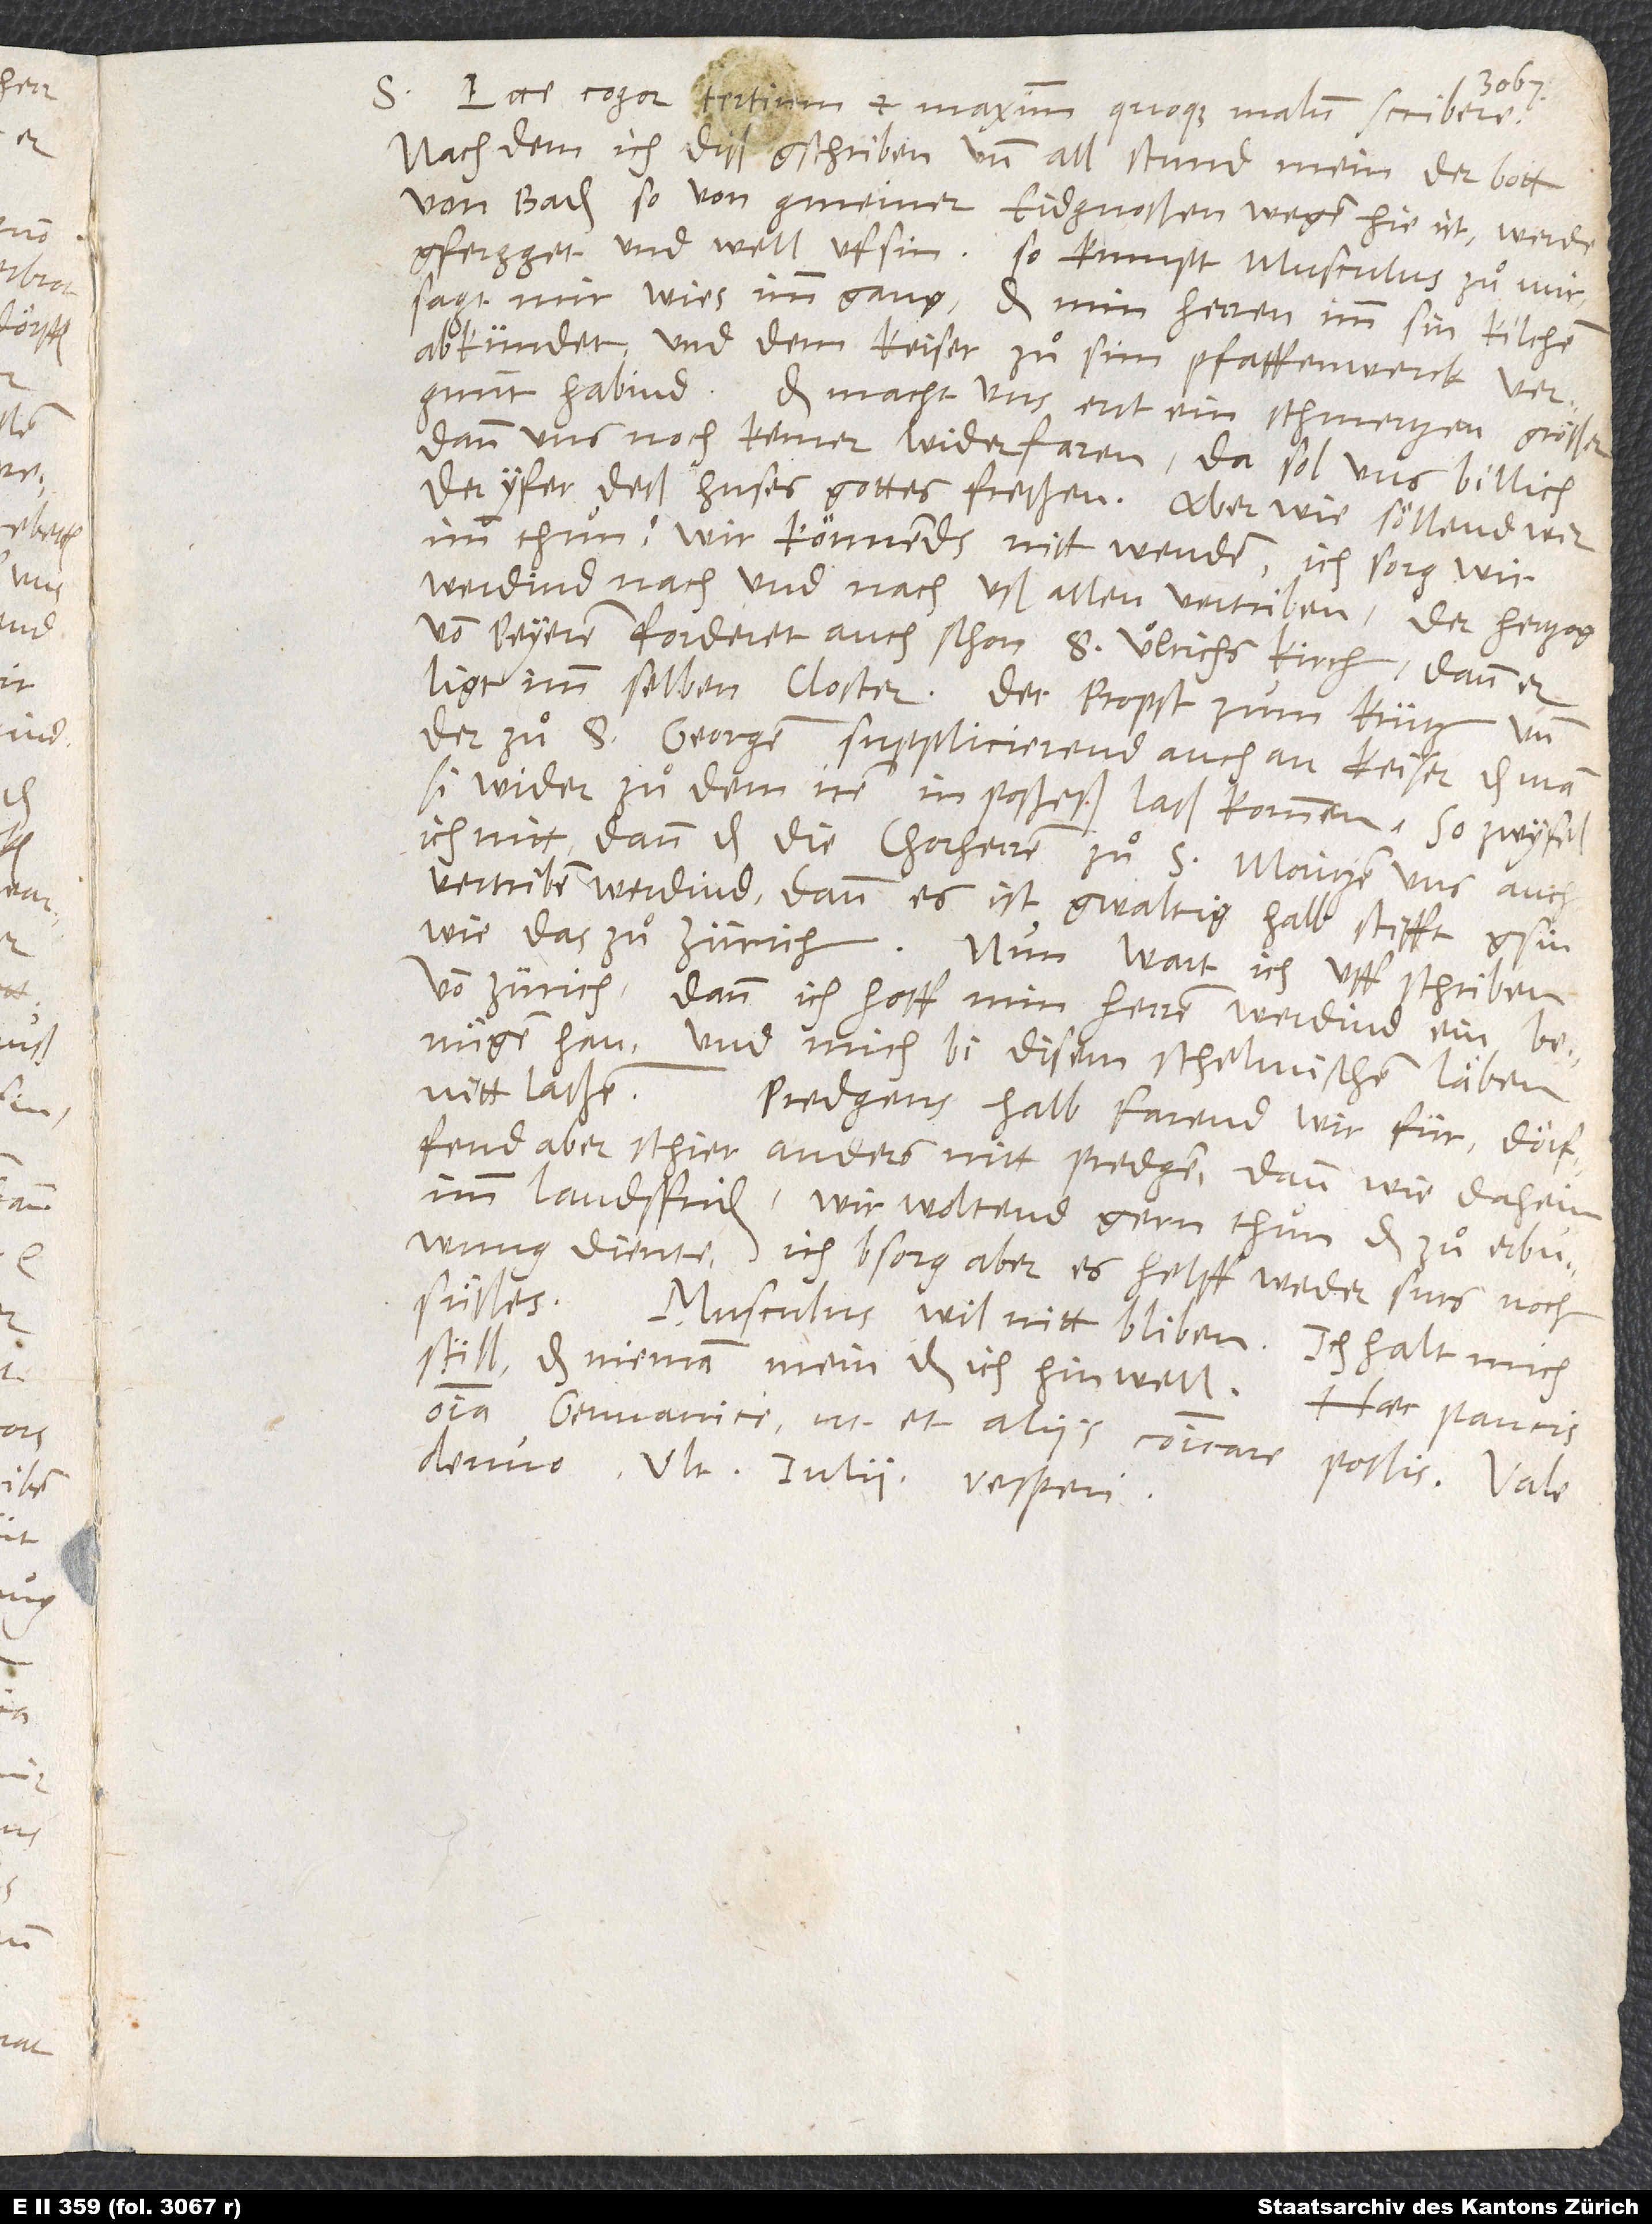
S. Ecce cogor tertium et maximum quoque malum scribere.
Nachdem ich diß gschriben und all stund mein, der bott
von Baden, so von gmeiner Eidgnoßen wegen hie ist, werde
gfergget und well ufsin, so kumpt Musculus zuͦ mir,
sagt mir, wies imm gang, das min herren imm sin kilchen
abkündet und dem keiser zuͦ sim pfaffenwerck vergunnt
habind. Das macht uns erst ein schmertzen, größer,
dann uns noch keiner widerfaren! Da sol uns billich
der yfer deß huses gottes freßen! Aber wie söllend wir
imm thuͦn? Wir könnends nitt wenden. Ich sorg, wir
werdind nach und nach uß allen vertriben. Der hertzog
von Peyeren forderet auch schon S. Ulrichs kirch, dann er
ligt imm selben closter. Der propst zum Krütz und
der zuͦ S. Georgen supplicierend auch an keiser, das man
si wider zuͦ dem iren in poßeß laß kommen. So zwyfel
ich nitt, dann das die chorherren zuͦ S. Moritzen uns auch
vertriben werdind, dann es ist gwaltig halb stifft gsin
wie das zuͦ Zürich. Nun wart ich uff schriben
von Zürich, dann ich hoff, min herren werdind ein
benuͤgen han und mich bi disem schelmischen läben
nitt laßen.
Predgens halb farend wir für, dörffend
aber schier anders nitt predgen dann wie daheim
imm landsfriden. Wir woltend gern thuͦn, das zuͦ erbuwung
diente. Ich bsorg aber, es helff weder surs noch
suͤßes. Musculus wil nitt bliben. Ich halt mich
still, das nieman mein, das ich hin well. Haec paucis
omnia Germanice, ut et aliis communicare possis. Vale
denuo. Ultima iulii, vesperi.